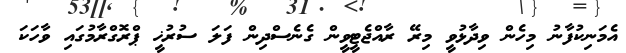
އެމަނިކުފާނު މިހެން ވިދާޅުވީ މިރޭ ރާއްޖެޓީވީން ގެނެސްދިން ފަލަ ސުރުޚީ ޕްރޮގްރާމުގައި ވާހަކަ